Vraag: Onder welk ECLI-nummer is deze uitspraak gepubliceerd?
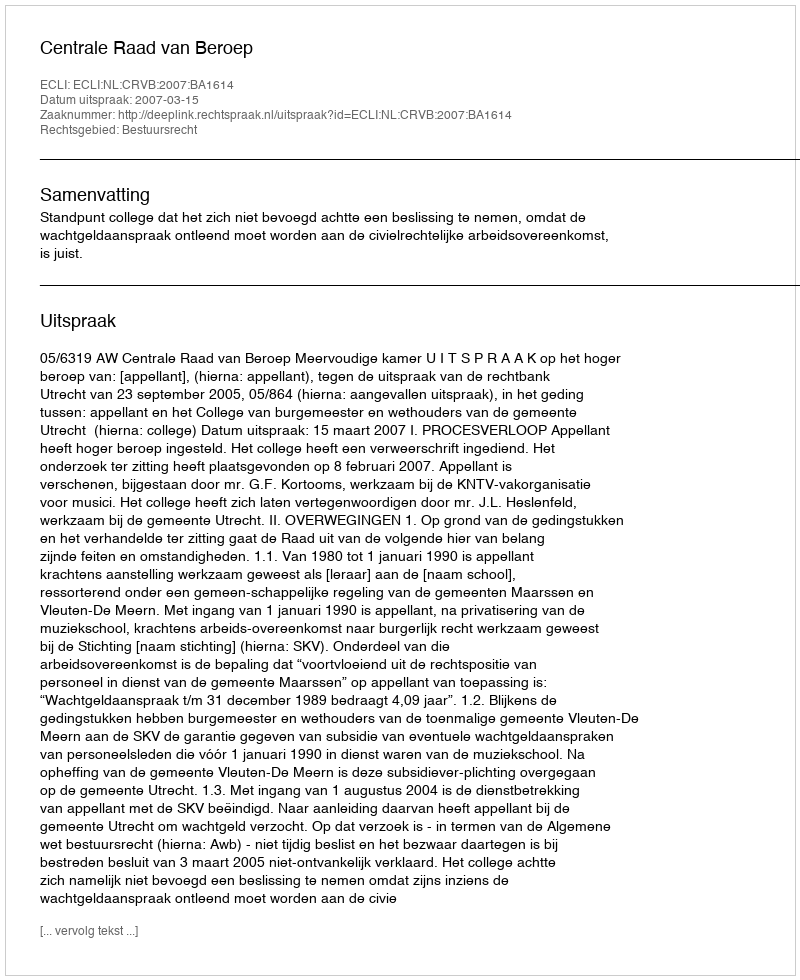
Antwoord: ECLI:NL:CRVB:2007:BA1614